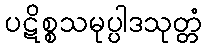
ပဋိစ္စသမုပ္ပါဒသုတ္တံ